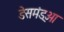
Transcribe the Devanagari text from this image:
डेसमंड्आ